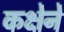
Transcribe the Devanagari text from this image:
कक्षेने